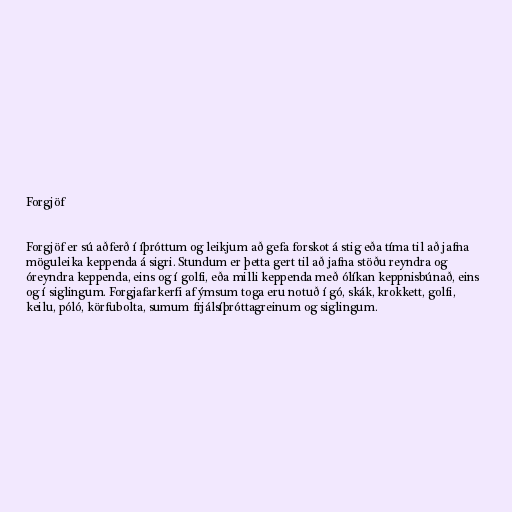
Forgjöf

Forgjöf er sú aðferð í íþróttum og leikjum að gefa forskot á stig eða tíma til að jafna
möguleika keppenda á sigri. Stundum er þetta gert til að jafna stöðu reyndra og
óreyndra keppenda, eins og í golfi, eða milli keppenda með ólíkan keppnisbúnað, eins
og í siglingum. Forgjafarkerfi af ýmsum toga eru notuð í gó, skák, krokkett, golfi,
keilu, póló, körfubolta, sumum frjálsíþróttagreinum og siglingum.